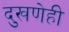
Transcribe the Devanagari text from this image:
दुखणेही